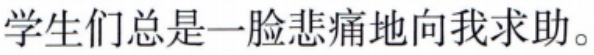
学生们总是一脸悲痛地向我求助。